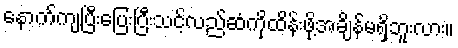
နောက်ကျပြီးပြေးပြီးသင့်လည်ဆံကိုထိန်းဖို့အချိန်မရှိဘူးလား။